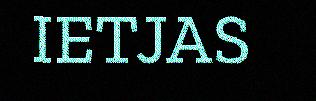
IETJAS